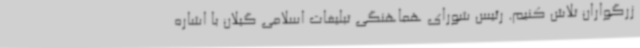
زرگواران تلاش کنیم. رئیس شورای هماهنگی تبلیغات اسلامی گیلان با اشاره